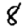
Digit: 8